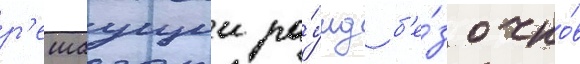
р'ешаущии ра́унд б'е́з очко́в